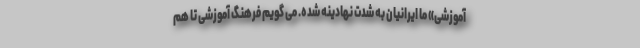
آموزشی» ما ایرانیان به شدت نهادینه شده. می گویم فرهنگ آموزشی تا هم